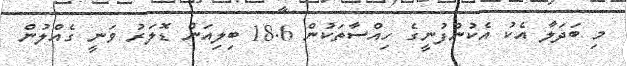
މި ބަދަލާ އެކު އެކުންފުނީގެ ހިއްސާތަކުން 18.6 ބިލިއަން ޑޮލަރު ވަނީ ގެއްލުން